Civil Veterinary Dept. Bombay admin report 1893-99 - 1893-1899
Year: 1893
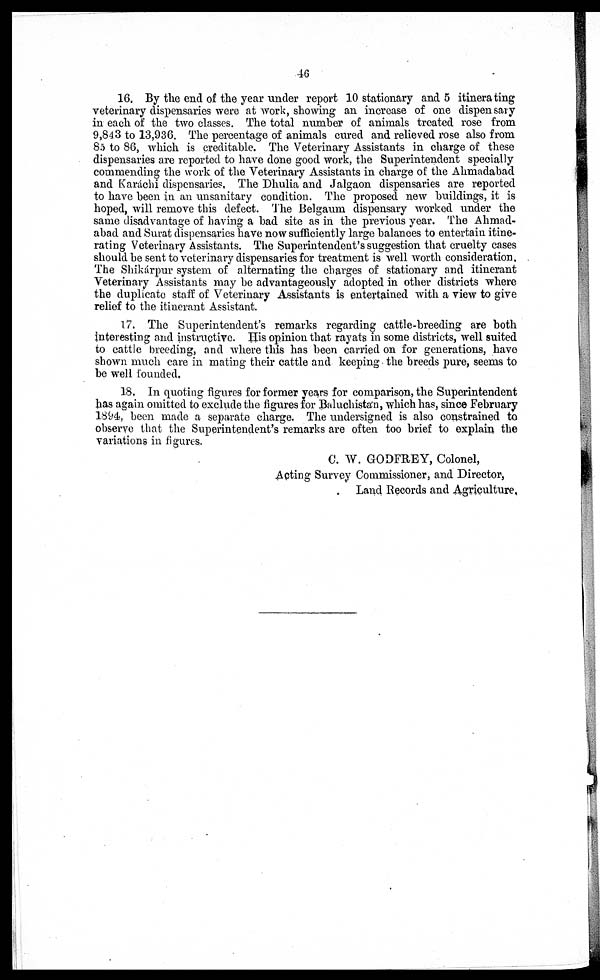
46
16. By the end of the year under report 10 stationary and 5 itinerating
veterinary dispensaries were at work, showing an increase of one dispensary
in each of the two classes. The total number of animals treated rose from
9,843 to 13,936. The percentage of animals cured and relieved rose also from
85 to 86, which is creditable. The Veterinary Assistants in charge of these
dispensaries are reported to have done good work, the Superintendent specially
commending the work of the Veterinary Assistants in charge of the Ahmadabad
and Karáchi dispensaries, The Dhulia and Jalgaon dispensaries are reported
to have been in an unsanitary condition. The proposed new buildings, it is
hoped, will remove this defect. The Belgaum dispensary worked under the
same disadvantage of having a bad site as in the previous year. The Ahmad-
abad and Surat dispensaries have now sufficiently large balances to entertain itine-
rating Veterinary Assistants. The Superintendent's suggestion that cruelty cases
should be sent to veterinary dispensaries for treatment is well worth consideration.
The Shikárpur system of alternating the charges of stationary and itinerant
Veterinary Assistants may be advantageously adopted in other districts where
the duplicate staff of Veterinary Assistants is entertained with a view to give
relief to the itinerant Assistant.
17. The Superintendent's remarks regarding cattle-breeding are both
interesting and instructive. His opinion that rayats in some districts, well suited
to cattle breeding, and where this has been carried on for generations, have
shown much care in mating their cattle and keeping the breeds pure, seems to
be well founded.
18. In quoting figures for former years for comparison, the Superintendent
has again omitted to exclude the figures for Baluchistan, which has, since February
1894, been made a separate charge. The undersigned is also constrained to
observe that the Superintendent's remarks are often too brief to explain the
variations in figures.
C. W. GODFREY, Colonel,
Acting Survey Commissioner, and Director,
Land Records and Agriculture,